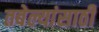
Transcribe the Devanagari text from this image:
तबेल्यांसाठी